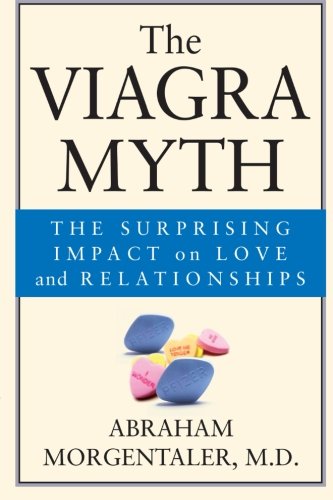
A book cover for The Viagra Myth: The Surprising Impact On Love And Relationships; Abraham Morgentaler; Health, Fitness & Dieting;